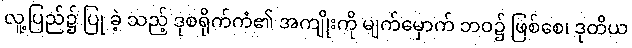
လူ့ပြည်၌ ပြု ခဲ့ သည့် ဒုစရိုက်ကံ၏ အကျိုးကို မျက်မှောက် ဘဝ၌ ဖြစ်စေ၊ ဒုတိယ